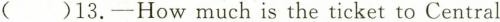
( )13.-How much is the ticket to Central